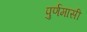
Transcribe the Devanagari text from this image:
पुर्णमासी